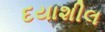
દયાશીલ